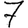
Digit: 7